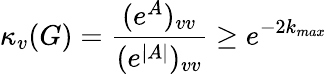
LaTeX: \kappa_{v}(G)=\frac{(e^{A})_{vv}}{(e^{|A|})_{vv}}\geq e^{-2k_{max}}